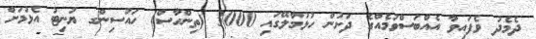
ދެމެދު ވެފައިވާ އެއްބަސްވުމެއްގެ ދަށުން ހުޅުމާލޭގައި 3000 (ތިންހާސް) ހައުސިންގ ޔުނިޓު އެޅުމަށް